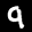
Label: 9